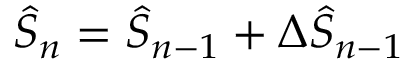
\hat { S } _ { n } = \hat { S } _ { n - 1 } + \Delta \hat { S } _ { n - 1 }